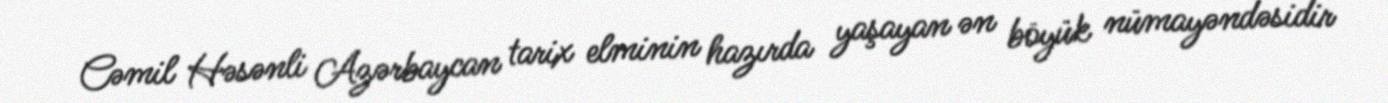
Cəmil Həsənli Azərbaycan tarix elminin hazırda yaşayan ən böyük nümayəndəsidir